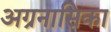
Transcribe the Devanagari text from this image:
अग्रनासिका